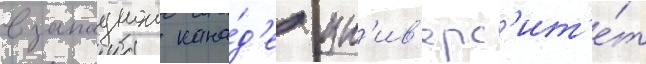
в западнои кана́д'е ун'ив'ерс'ит'е́т